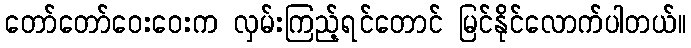
တော်တော်ဝေးဝေးက လှမ်းကြည့်ရင်တောင် မြင်နိုင်လောက်ပါတယ်။